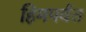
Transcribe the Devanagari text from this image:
हिमपर्वत